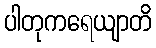
ပါတုကရေယျာတိ